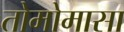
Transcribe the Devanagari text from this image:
तोमोमासा